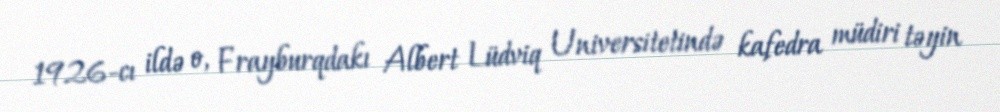
1926-cı ildə o, Frayburqdakı Albert Lüdviq Universitetində kafedra müdiri təyin